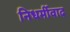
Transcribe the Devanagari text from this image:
निधर्मीवाद